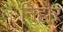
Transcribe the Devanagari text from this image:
निहोर